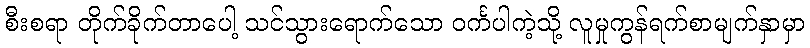
စီးစရာ တိုက်ခိုက်တာပေါ့ သင်သွားရောက်သော ဝင်္ကပါကဲ့သို့ လူမှုကွန်ရက်စာမျက်နှာမှာ